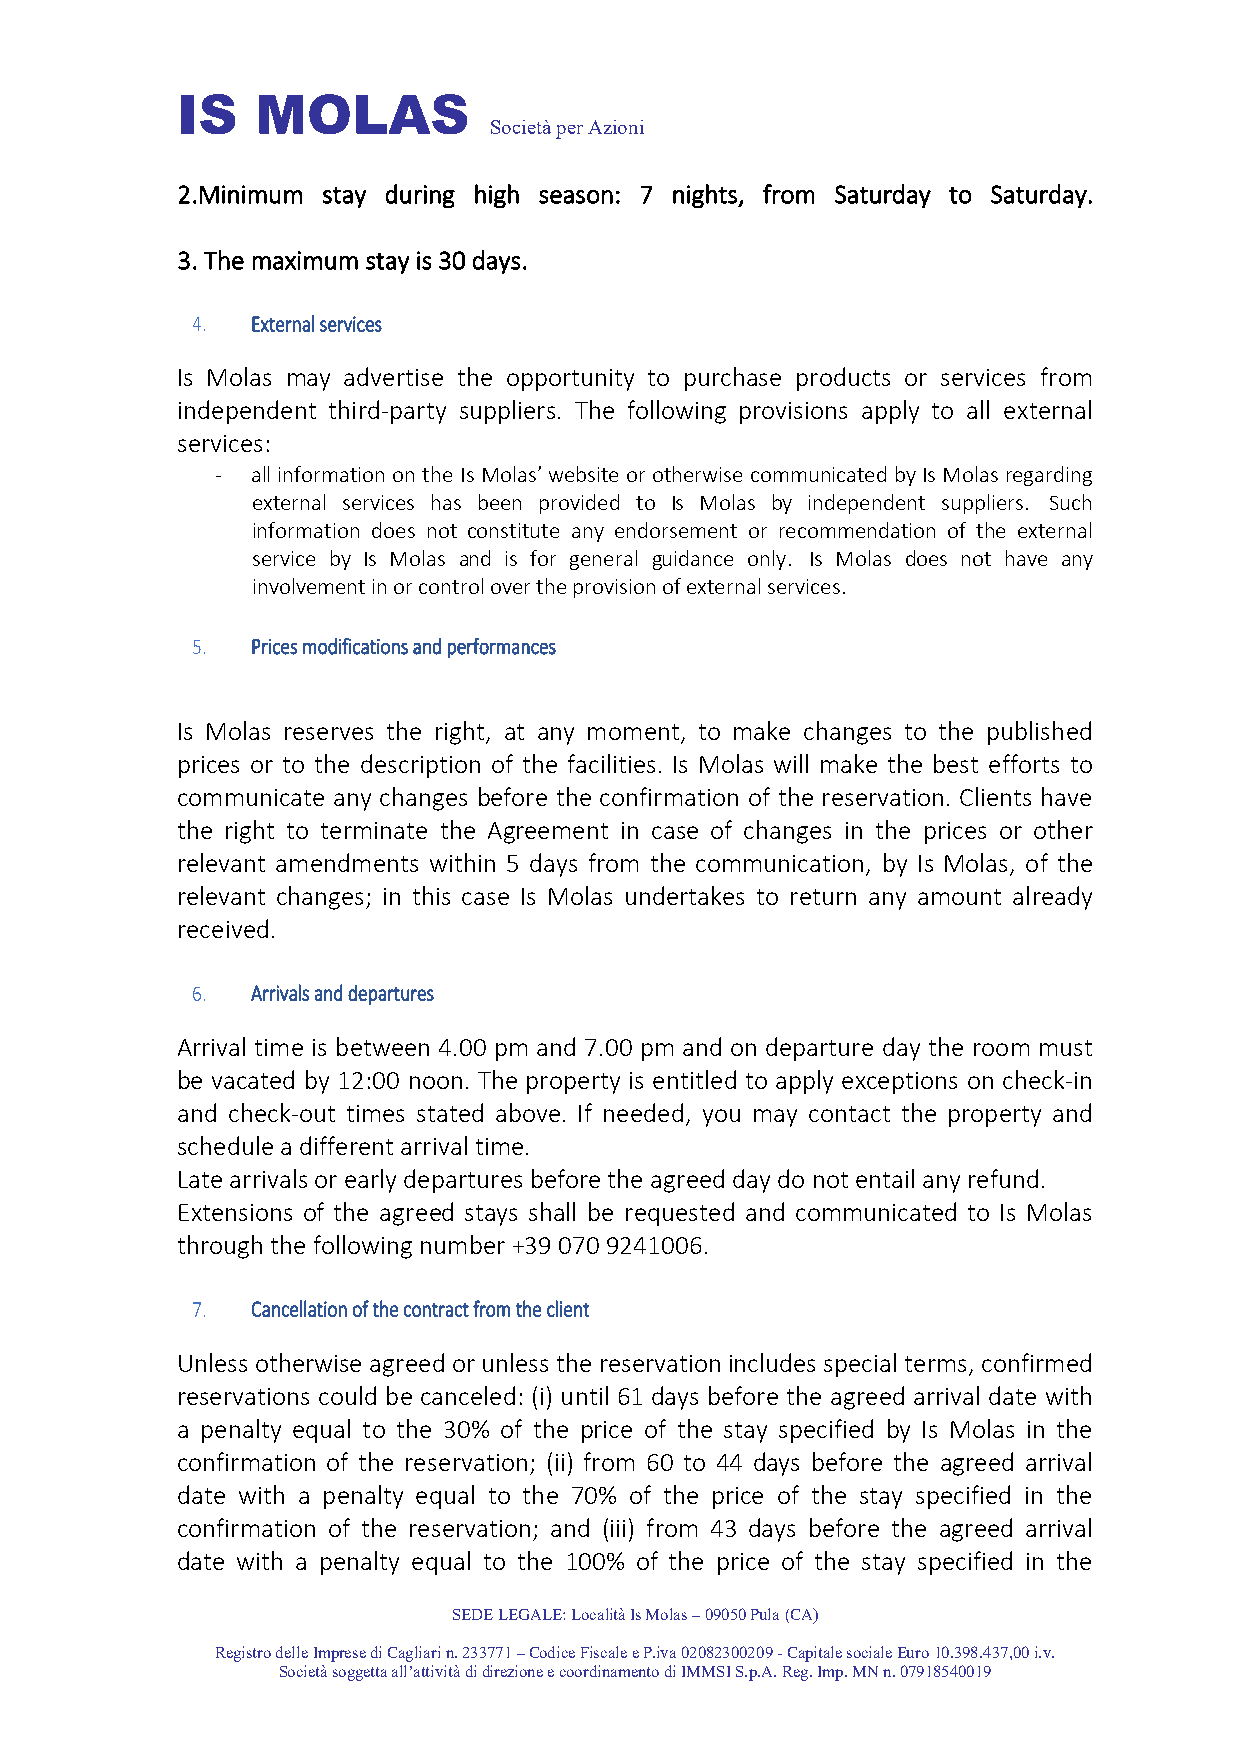
IS   MOLAS
 Società per Azioni
 2.Minimum stay during high season: 7 nights, from Saturday to Saturday.
 3. The maximum stay is 30 days.
 4.  External services
 Is Molas may advertise the opportunity to purchase products or services from
 independent third-party suppliers. The following provisions apply to all external
 services:
 -  all information on the Is Molas’ website or otherwise communicated by Is Molas regarding
 external services has been provided to Is Molas by independent suppliers. Such
 information does not constitute any endorsement or recommendation of the external
 service by Is Molas and is for general guidance only. Is Molas does not have any
 involvement in or control over the provision of external services.
 5.  Prices modifications and performances
 Is Molas reserves the right, at any moment, to make changes to the published
 prices or to the description of the facilities. Is Molas will make the best efforts to
 communicate any changes before the confirmation of the reservation. Clients have
 the right to terminate the Agreement in case of changes in the prices or other
 relevant amendments within 5 days from the communication, by Is Molas, of the
 relevant changes; in this case Is Molas undertakes to return any amount already
 received.
 6.  Arrivals and departures
 Arrival time is between 4.00 pm and 7.00 pm and on departure day the room must
 be vacated by 12:00 noon. The property is entitled to apply exceptions on check-in
 and check-out times stated above. If needed, you may contact the property and
 schedule a different arrival time.
 Late arrivals or early departures before the agreed day do not entail any refund.
 Extensions of the agreed stays shall be requested and communicated to Is Molas
 through the following number +39 070 9241006.
 7.  Cancellation of the contract from the client
 Unless otherwise agreed or unless the reservation includes special terms, confirmed
 reservations could be canceled: (i) until 61 days before the agreed arrival date with
 a penalty equal to the 30% of the price of the stay specified by Is Molas in the
 confirmation of the reservation; (ii) from 60 to 44 days before the agreed arrival
 date with a penalty equal to the 70% of the price of the stay specified in the
 confirmation of the reservation; and (iii) from 43 days before the agreed arrival
 date with a penalty equal to the 100% of the price of the stay specified in the
 SEDE LEGALE: Località Is Molas – 09050 Pula (CA)
 Registro delle Imprese di Cagliari n. 233771 – Codice Fiscale e P.iva 02082300209 - Capitale sociale Euro 10.398.437,00 i.v.
 Società soggetta all’attività di direzione e coordinamento di IMMSI S.p.A. Reg. Imp. MN n. 07918540019